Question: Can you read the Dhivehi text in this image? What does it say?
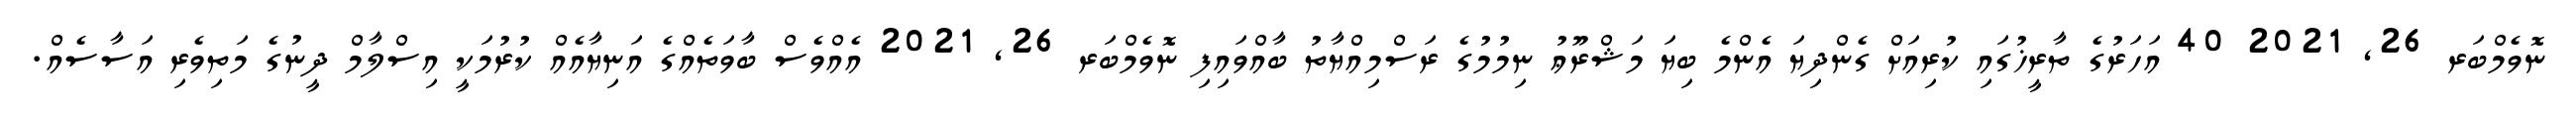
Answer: ނޮވެމްބަރ 26, 2021 40 އަހަރުގެ ތާރީޚުގައި ކުރިއަށް ގެންދިޔަ އެންމެ ބިޔަ މަޝްރޫޢު ނިމުމުގެ ރަސްމިއްޔާތު ބާއްވައިފި ނޮވެމްބަރ 26, 2021 އެއްވެސް ބާވަތެއްގެ އަނިޔާއެއް ކުރުމަކީ އިސްލާމް ދީނުގެ މަތިވެރި އަސާސެއް.